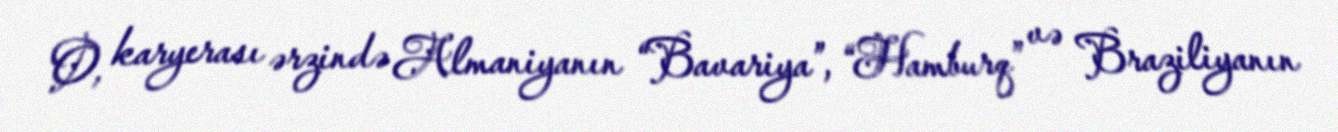
O, karyerası ərzində Almaniyanın “Bavariya”, “Hamburq” və Braziliyanın